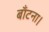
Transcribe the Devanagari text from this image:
बाँटना।